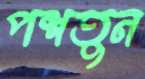
পশতুন